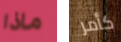
ماذا كأمر